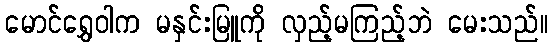
မောင်ရွှေဝါက မနှင်းမြူကို လှည့်မကြည့်ဘဲ မေးသည်။